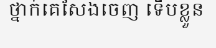
ថ្នាក់គេសែងចេញ ទើបខ្លួន